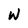
Character: W